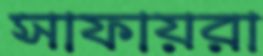
সাফায়রা